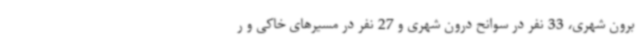
برون شهری، 33 نفر در سوانح درون شهری و 27 نفر در مسیرهای خاکی و ر